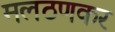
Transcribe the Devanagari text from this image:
मलठणकर